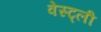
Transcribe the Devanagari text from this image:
वेस्ट्ली